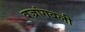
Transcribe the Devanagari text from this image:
वज्रांगबली